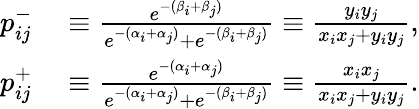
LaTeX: \begin{array}{rl}{p_{ij}^{-}}&{{}\equiv\frac{e^{-(\beta_{i}+\beta_{j})}}{e^{-(\alpha_{i}+\alpha_{j})}+e^{-(\beta_{i}+\beta_{j})}}\equiv\frac{y_{i}y_{j}}{x_{i}x_{j}+y_{i}y_{j}},}\\ {p_{ij}^{+}}&{{}\equiv\frac{e^{-(\alpha_{i}+\alpha_{j})}}{e^{-(\alpha_{i}+\alpha_{j})}+e^{-(\beta_{i}+\beta_{j})}}\equiv\frac{x_{i}x_{j}}{x_{i}x_{j}+y_{i}y_{j}}.}\end{array}